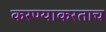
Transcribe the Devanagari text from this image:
करण्याकरताच